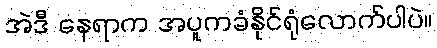
အဲဒီ နေရာက အပူကခံနိုင်ရုံလောက်ပါပဲ။